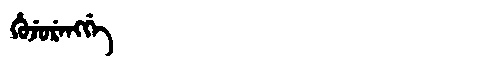
Manchu: ᡥᡠᠵᡠᡵᡝᠩᡤᡝ
Romanization: HUJURENGGE